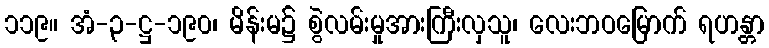
၁၁၉။ အံ-၃-ဋ္ဌ-၁၉၀၊ မိန်းမ၌ စွဲလမ်းမှုအားကြီးလှသူ၊ လေးဘဝမြောက် ရဟန္တာ